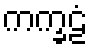
ကက္ခဠံ